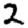
Digit: 2